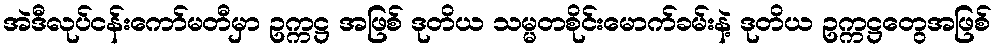
အဲဒီလုပ်ငန်းကော်မတီမှာ ဥက္ကဋ္ဌ အဖြစ် ဒုတိယ သမ္မတစိုင်းမောက်ခမ်းနဲ့ ဒုတိယ ဥက္ကဋ္ဌတွေအဖြစ်